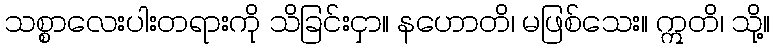
သစ္စာလေးပါးတရားကို သိခြင်းငှာ။ နဟောတိ၊ မဖြစ်သေး။ ဣတိ၊ သို့။